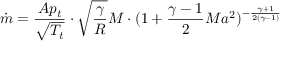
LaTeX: { \dot { m } } = { \frac { A p _ { t } } { \sqrt { T _ { t } } } } \cdot { \sqrt { \frac { \gamma } { R } } } M \cdot ( 1 + { \frac { \gamma - 1 } { 2 } } M a ^ { 2 } ) ^ { - { \frac { \gamma + 1 } { 2 ( \gamma - 1 ) } } }